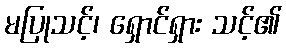
မပြုသင့်၊ ရှောင်ရှား သင့်၏